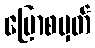
ပြောစမှတ်